Civil Veterinary Dept. North-West Frontier Province 1933-46 - 1933-1946
Year: 1933
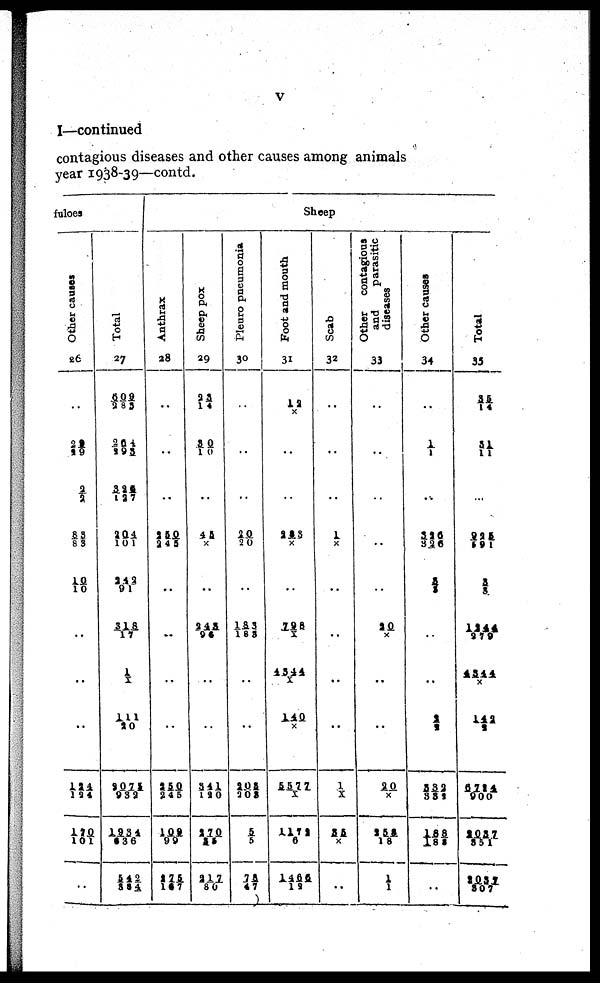
v
I—continued
contagious diseases and other causes among animals
year 1938-39—contd.
fuloes
Other causes
26
..
29/29
2/2
83/83
10/10
..
..
..
124/124
170/101
..
Total
27
609/285
264/293
326/127
204/101
242/91
318/17
1/ X
111/20
2075/932
1934/636
542/354
Anthrax
28
..
..
..
250/245
..
..
..
..
250/245
109/99
275/167
Sheep pox
29
23/14
30/10
..
45/ X
..
243/96
..
..
341/120
270/25
217/80
Pleuro pneumonia
30
..
..
..
20/20
..
183/188
..
..
205/208
5/5
78/47
Sheep
Foot and mouth
31
12/ X
..
..
293/X
..
798/X
4344/X
140/X
5577/X
1172/6
1466/19
Scab
32
..
..
..
1/ X
..
..
..
..
1/ X
35/X
..
Other contagious
and
parasitic
diseases
33
...
..
..
..
..
20/X
..
..
20/X
258/18
1/ 1
Other causes
34
..
1/1
..
326/326
5/2
..
..
2/2
332/332
188/185
..
Total
35
35/14
51/11
..
225/591
3/3
1244/279
4344/ X
142/2
6724/900
2037/351
2037/307